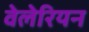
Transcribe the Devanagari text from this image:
वेलेरियन